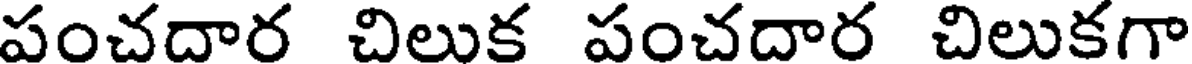
పంచదార చిలుక పంచదార చిలుకగా